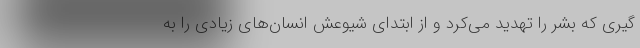
گیری که بشر را تهدید می‌کرد و از ابتدای شیوعش انسان‌های زیادی را به